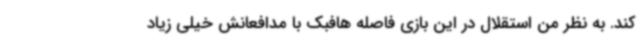
کند. به نظر من استقلال در این بازی فاصله هافبک با مدافعانش خیلی زیاد